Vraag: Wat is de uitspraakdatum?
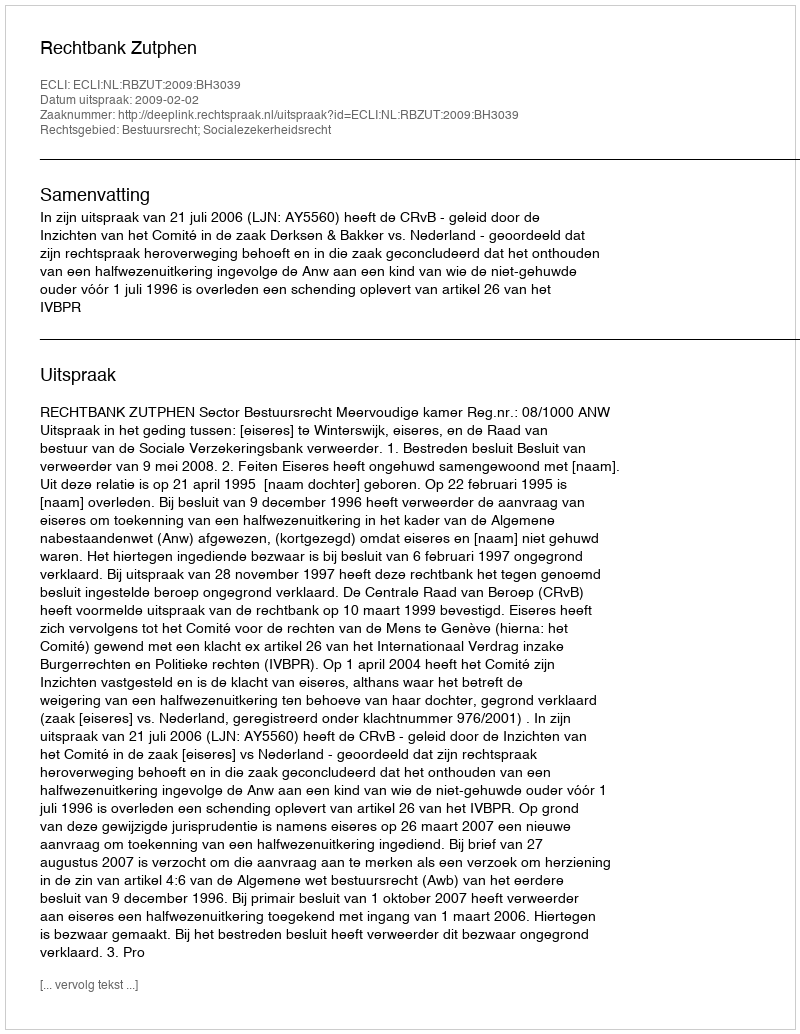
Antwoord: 2009-02-02